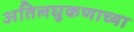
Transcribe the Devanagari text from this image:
अतिलघुकणाच्या